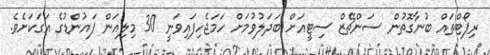
ރިޕޯޓްތައް ބުނާގޮތުން ސަންޗޭޒް ސިޓީއަށް ބަދަލުވުމަށް ހަމަޖެހިފައިވަނީ 30 މިލިއަން ޕައުންޑުގެ އަގަކަށެވެ.